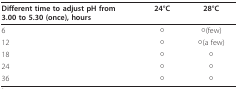
<table><thead><tr><td><b>Different time to adjust pH from 3.00 to 5.30 (once), hours</b></td><td><b>24°C</b></td><td><b>28°C</b></td></tr></thead><tbody><tr><td>6</td><td>○</td><td>○(few)</td></tr><tr><td>12</td><td>○</td><td>○(a few)</td></tr><tr><td>18</td><td>○</td><td>○</td></tr><tr><td>24</td><td>○</td><td>○</td></tr><tr><td>36</td><td>○</td><td>○</td></tr></tbody></table>